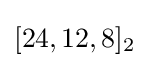
[24,12,8]_{2}